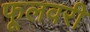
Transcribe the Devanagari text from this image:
फूलवरी